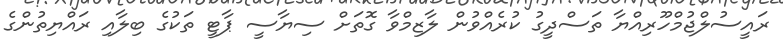
ރައީސުލްޖުމްހޫރިއްޔާ ތަސްދީގު ކުރެއްވުން ލާޒިމްވާ ގޮތަށް ސިޔާސީ ޕާޓީ ތަކުގެ ބިލާއި ރައްޔިތުންގެ